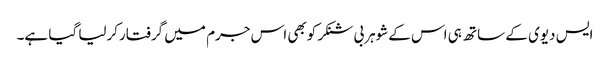
ایس دیوی کے ساتھ ہی اس کےشوہربی شنکرکوبھی اس جرم میں گرفتارکرلیا گیا ہے۔